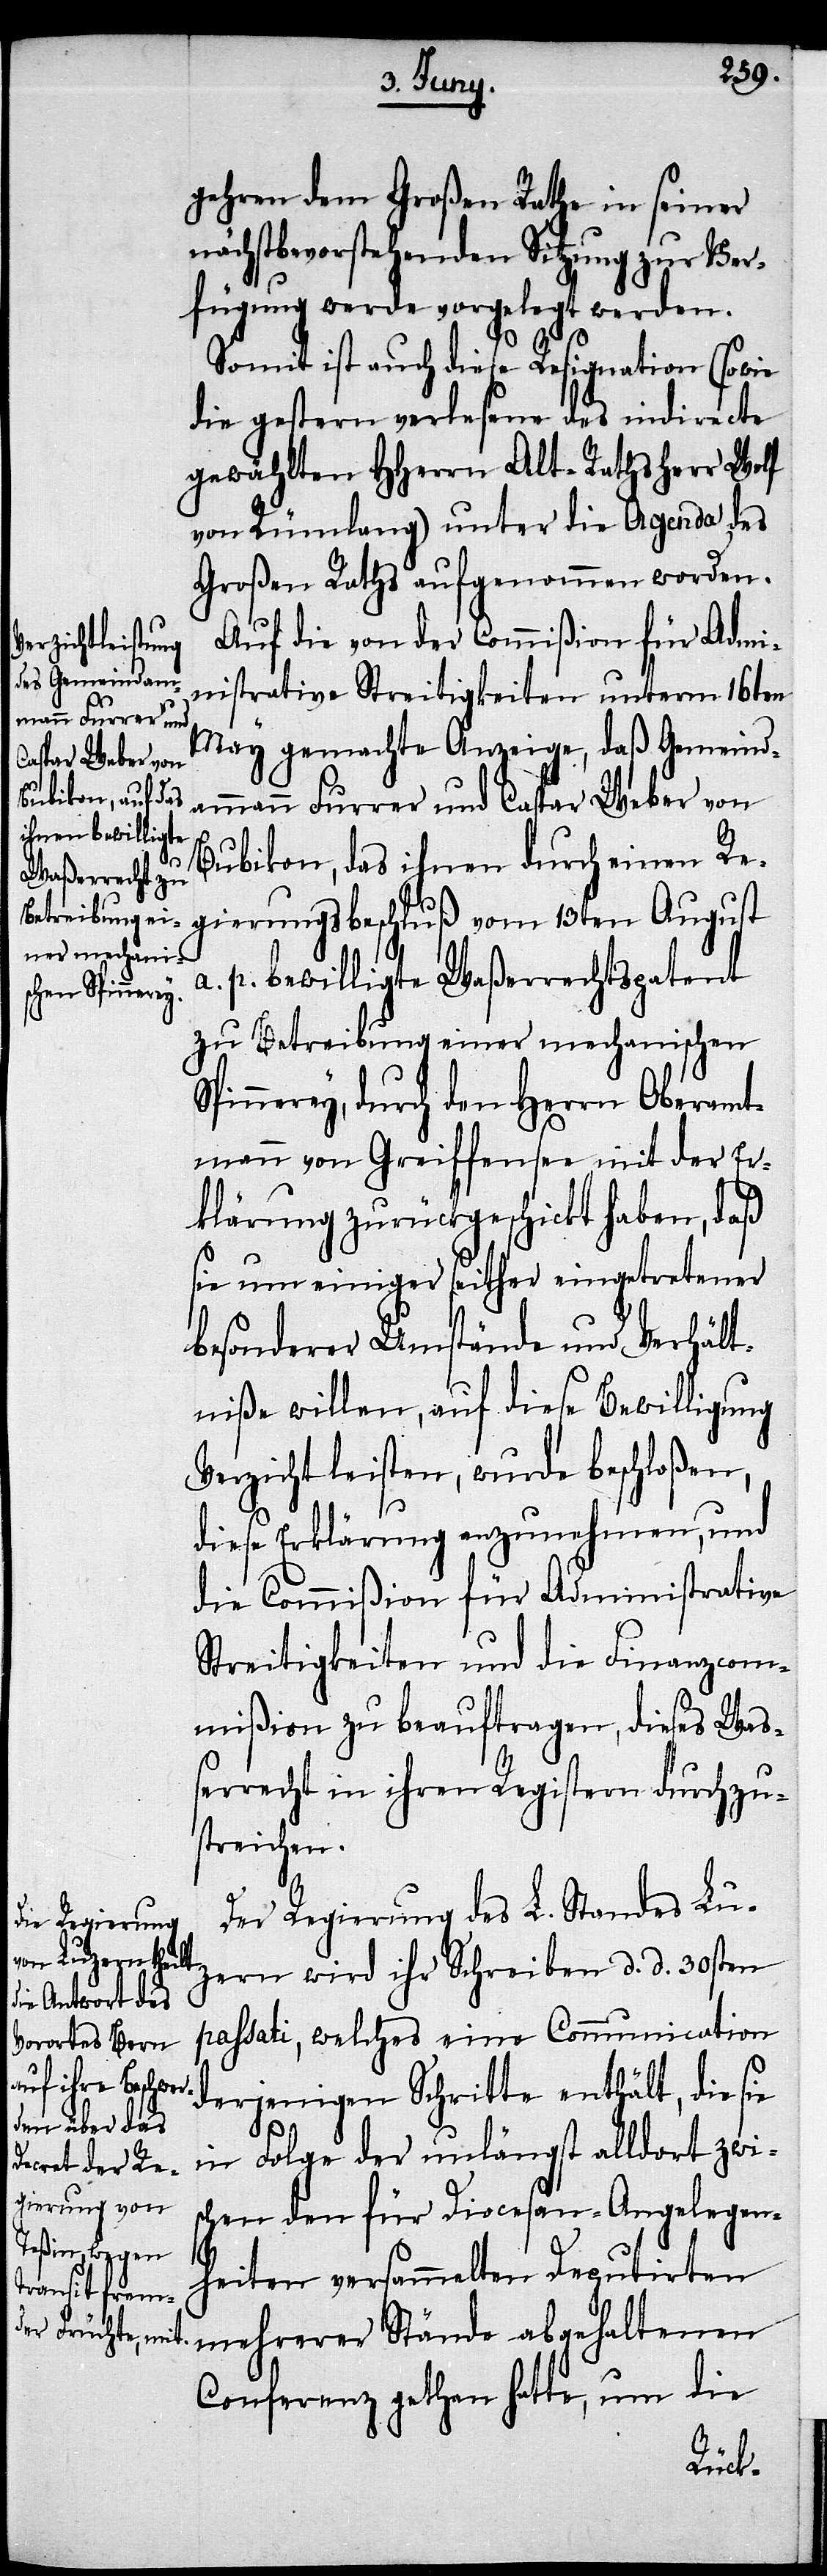
gehren dem Großen Rathe in seiner
nächstbevorstehenden Sitzung zur Ver¬
fügung werde vorgelegt werden.
Somit ist auch diese Resignation (sowie
die gestern verlesene des indirecte
gewählten HHerrn Alt-Rathsherr Wolf
von Rümlang) unter die Agenda des
Großen Raths aufgenommen worden.
Auf die von der Commißion für Admi¬
nistrative Streitigkeiten unterm 17ten
May gemachte Anzeige, daß Gemeind¬
ammann Furrer und Caspar Weber von
Bubikon, das ihnen durch einen Re¬
gierungsbeschluß vom 23ten August
a. p. bewilligte Waßerrechtspatent
zu Betreibung einer mechanischen
Spinnerey, durch den Herrn Oberamt¬
mann von Greiffensee mit der Er¬
klärung zurückgeschickt haben, daß
sie um einiger seither eingetretener
besonderer Umstände und Verhält¬
niße willen, auf diese Bewilligung
Verzicht leisten, wurde beschloßen,
diese Erklärung anzunehmen, und
die Commißion für Administrative
Streitigkeiten und die Finanzcom¬
mißion zu beauftragen, dieses Waß¬
errecht in ihren Registern durchzu¬
streichen.
Der Regierung des L. Standes Lu¬
zern wird ihr Schreiben d. d. 30sten
passati, welches eine Communication
derjenigen Schritte enthält, die sie
in Folge der unlängst alldort zwis¬
chen den für Diocesan-Angelegen¬
heiten versammelten Deputirten
mehrerer Stände abgehaltenen
Conferenz gethan hatte, um die